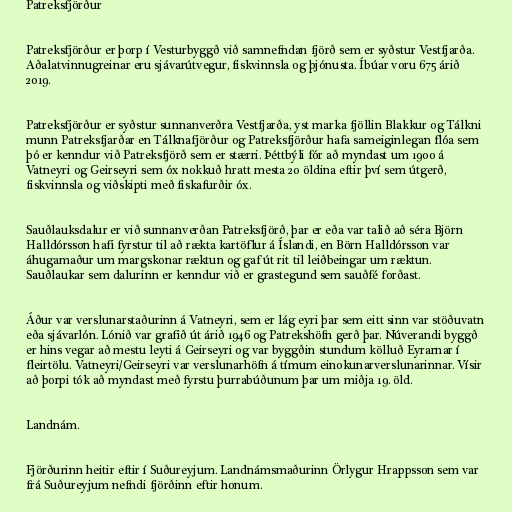
Patreksfjörður

Patreksfjörður er þorp í Vesturbyggð við samnefndan fjörð sem er syðstur Vestfjarða.
Aðalatvinnugreinar eru sjávarútvegur, fiskvinnsla og þjónusta. Íbúar voru 675 árið
2019.

Patreksfjörður er syðstur sunnanverðra Vestfjarða, yst marka fjöllin Blakkur og Tálkni
munn Patreksfjarðar en Tálknafjörður og Patreksfjörður hafa sameiginlegan flóa sem
þó er kenndur við Patreksfjörð sem er stærri. Þéttbýli fór að myndast um 1900 á
Vatneyri og Geirseyri sem óx nokkuð hratt mesta 20 öldina eftir því sem útgerð,
fiskvinnsla og viðskipti með fiskafurðir óx.

Sauðlauksdalur er við sunnanverðan Patreksfjörð, þar er eða var talið að séra Björn
Halldórsson hafi fyrstur til að rækta kartöflur á Íslandi, en Börn Halldórsson var
áhugamaður um margskonar ræktun og gaf út rit til leiðbeingar um ræktun.
Sauðlaukar sem dalurinn er kenndur við er grastegund sem sauðfé forðast.

Áður var verslunarstaðurinn á Vatneyri, sem er lág eyri þar sem eitt sinn var stöðuvatn
eða sjávarlón. Lónið var grafið út árið 1946 og Patrekshöfn gerð þar. Núverandi byggð
er hins vegar að mestu leyti á Geirseyri og var byggðin stundum kölluð Eyrarnar í
fleirtölu. Vatneyri/Geirseyri var verslunarhöfn á tímum einokunarverslunarinnar. Vísir
að þorpi tók að myndast með fyrstu þurrabúðunum þar um miðja 19. öld.

Landnám.

Fjörðurinn heitir eftir í Suðureyjum. Landnámsmaðurinn Örlygur Hrappsson sem var
frá Suðureyjum nefndi fjörðinn eftir honum.